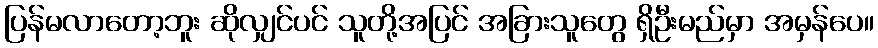
ပြန်မလာတော့ဘူး ဆိုလျှင်ပင် သူတို့အပြင် အခြားသူတွေ ရှိဦးမည်မှာ အမှန်ပေ။